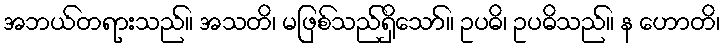
အဘယ်တရားသည်။ အသတိ၊ မဖြစ်သည်ရှိသော်။ ဥပဓိ၊ ဥပဓိသည်။ န ဟောတိ၊